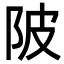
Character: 陂